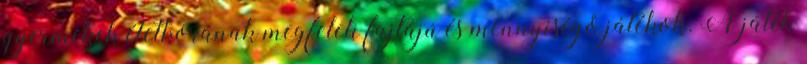
gyermekek életkorának megfelelı fajtájú és mennyiségő játékok. A játék